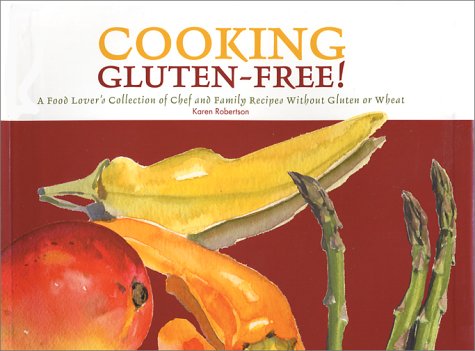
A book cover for Cooking Gluten-Free! A Food Lover's Collection of Chef and Family Recipes Without Gluten or Wheat; Karen Robertson; Health, Fitness & Dieting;